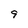
Character: 9